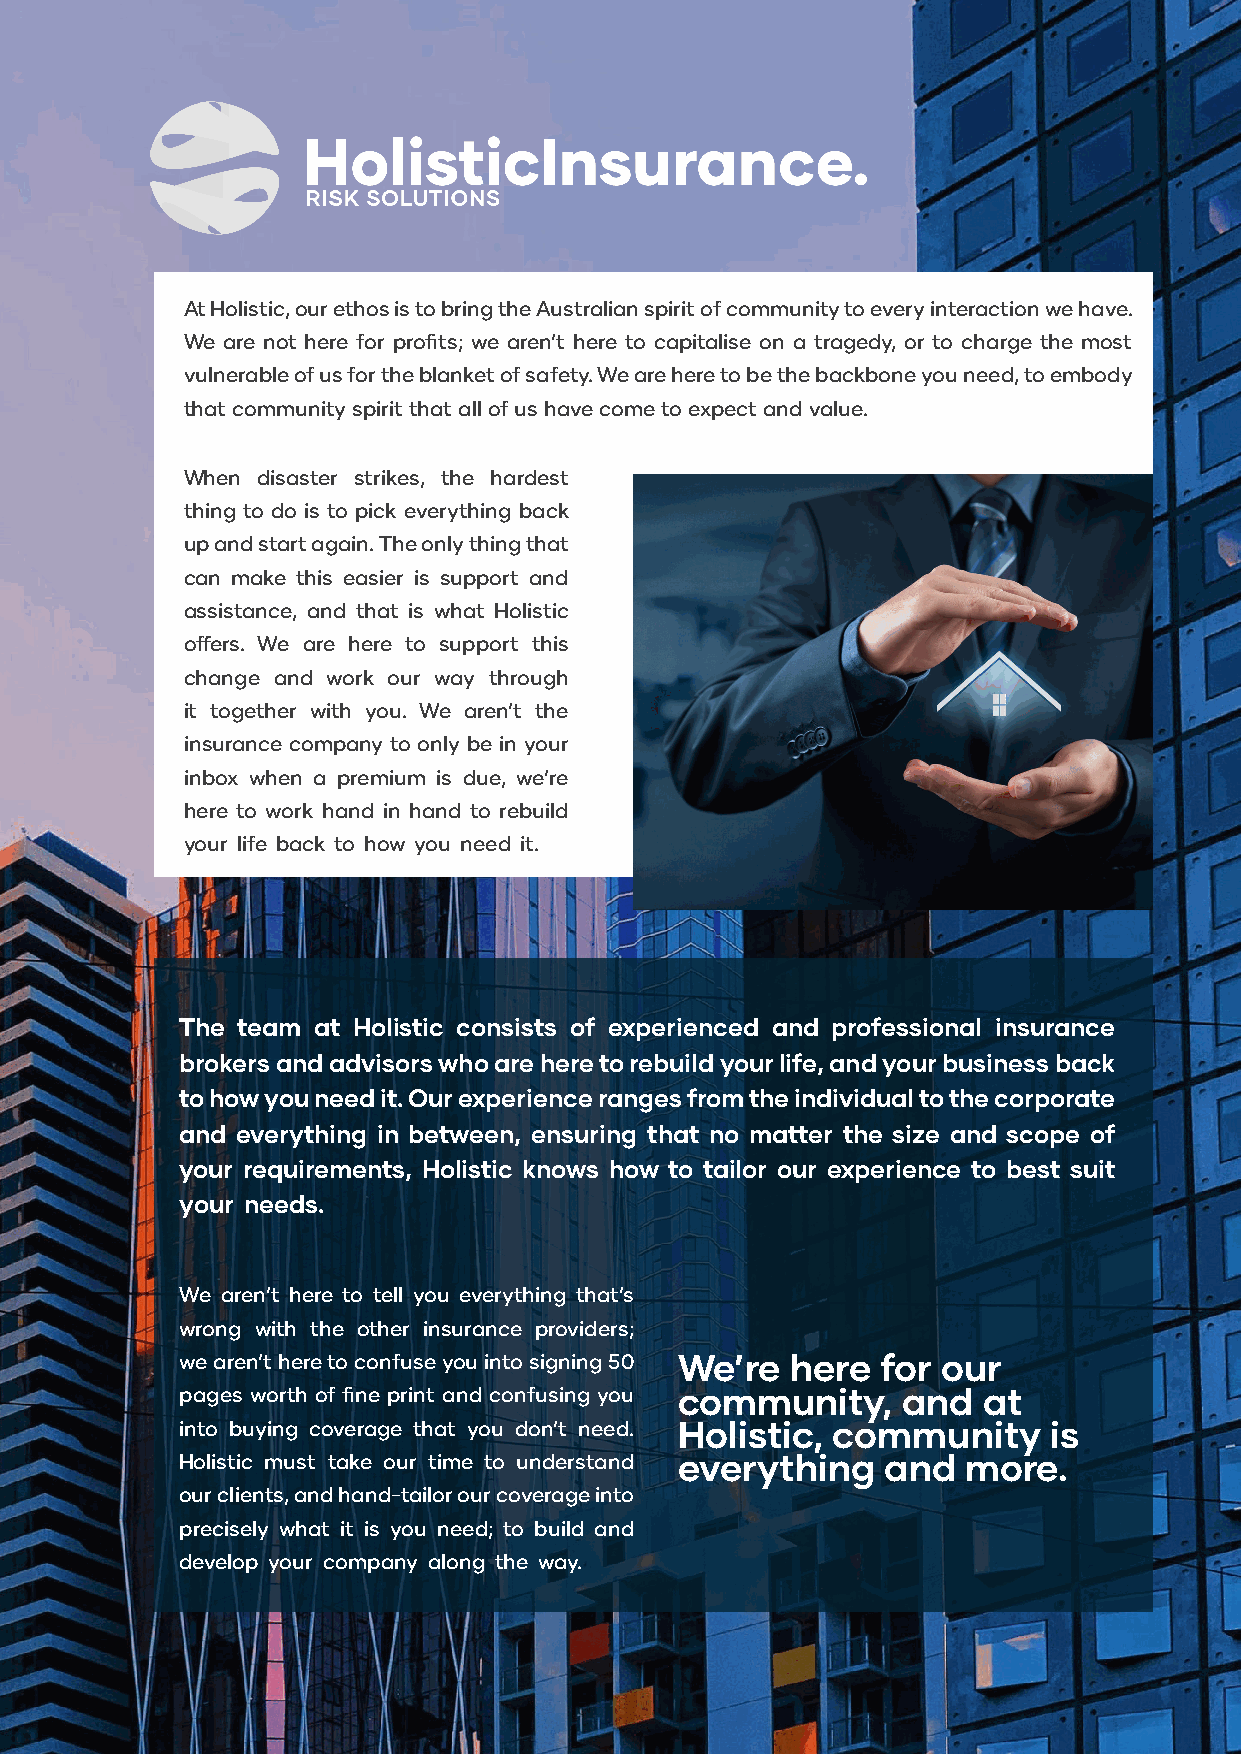
At Holistic, our ethos is to bring the Australian spirit of community to every interaction we have.
 We are not here for profits; we aren’t here to capitalise on a tragedy, or to charge the most
 vulnerable of us for the blanket of safety. We are here to be the backbone you need, to embody
 that community spirit that all of us have come to expect and value.
 When disaster strikes, the hardest
 thing to do is to pick everything back
 up and start again. The only thing that
 can make this easier is support and
 assistance, and that is what Holistic
 offers. We are here to support this
 change and work our way through
 it together with you. We aren’t the
 insurance company to only be in your
 inbox when a premium is due, we’re
 here to work hand in hand to rebuild
 your life back to how you need it.
 The team at Holistic consists of experienced and professional insurance
 brokers and advisors who are here to rebuild your life, and your business back
 to how you need it. Our experience ranges from the individual to the corporate
 and everything in between, ensuring that no matter the size and scope of
 your requirements, Holistic knows how to tailor our experience to best suit
 your needs.
 We aren’t here to tell you everything that’s
 wrong with the other insurance providers;
 we aren’t here to confuse you into signing 50 We’re here for our
 pages worth of fine print and confusing you community, and at
 into buying coverage that you don’t need. Holistic, community is
 Holistic must take our time to understand everything and more.
 our clients, and hand-tailor our coverage into
 precisely what it is you need; to build and
 develop your company along the way.